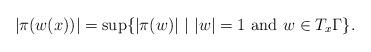
LaTeX: \begin{align*}|\pi(w(x))|=\sup\{|\pi(w)|\,\,|\,\, |w|=1\,\, \mbox{\rm and}\,\, w\in T_x\Gamma\}.\end{align*}